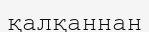
қалқаннан